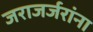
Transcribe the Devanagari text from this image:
जराजर्जरांना